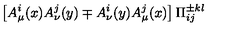
\left[ A _ { \mu } ^ { i } ( x ) A _ { \nu } ^ { j } ( y ) \mp A _ { \nu } ^ { i } ( y ) A _ { \mu } ^ { j } ( x ) \right] \Pi _ { i j } ^ { \pm k l }